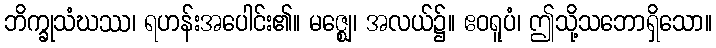
ဘိက္ခုသံဃဿ၊ ရဟန်းအပေါင်း၏။ မဇ္ဈေ၊ အလယ်၌။ ဧဝရူပံ၊ ဤသို့သဘောရှိသော။